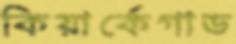
কিয়ার্কেগাড